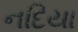
નદિયા